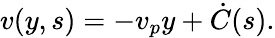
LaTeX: v(y,s)=-v_{p}y+\dot{C}(s).